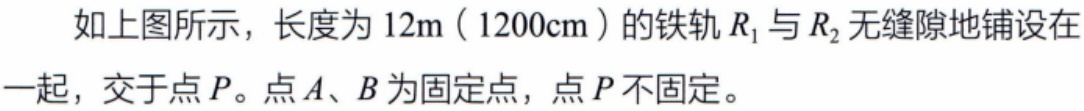
如上图所示，长度为 \(12\text{m}(1200\text{cm})\) 的铁轨 \(R_{1}\) 与 \(R_{2}\) 无缝隙地铺设在一起，交于点 \(P\)。点 \(A、B\) 为固定点，点 \(P\) 不固定。